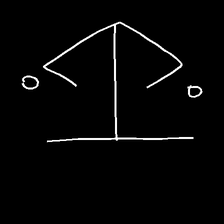
Glyph: earth